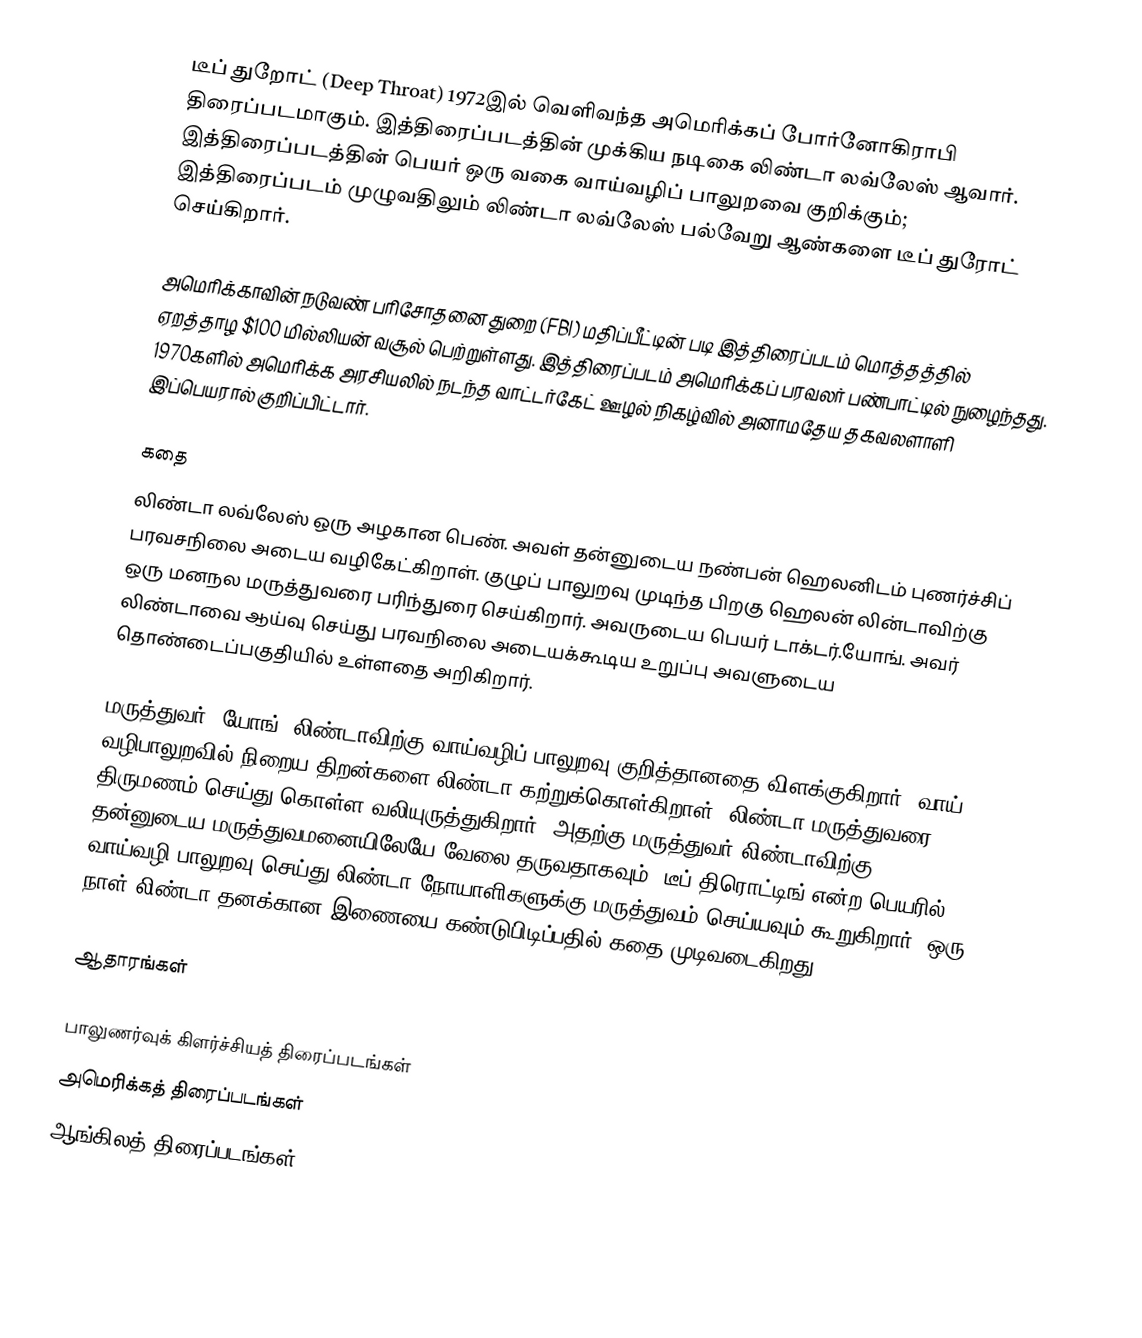
டீப் துறோட் (Deep Throat) 1972இல் வெளிவந்த அமெரிக்கப் போர்னோகிராபி திரைப்படமாகும். இத்திரைப்படத்தின் முக்கிய நடிகை லிண்டா லவ்லேஸ் ஆவார். இத்திரைப்படத்தின் பெயர் ஒரு வகை வாய்வழிப் பாலுறவை குறிக்கும்; இத்திரைப்படம் முழுவதிலும் லிண்டா லவ்லேஸ் பல்வேறு ஆண்களை டீப் துரோட் செய்கிறார்.

அமெரிக்காவின் நடுவண் பரிசோதனை துறை (FBI) மதிப்பீட்டின் படி இத்திரைப்படம் மொத்தத்தில் ஏறத்தாழ $100 மில்லியன் வசூல் பெற்றுள்ளது. இத்திரைப்படம் அமெரிக்கப் பரவலர் பண்பாட்டில் நுழைந்தது. 1970களில் அமெரிக்க அரசியலில் நடந்த வாட்டர்கேட் ஊழல் நிகழ்வில் அனாமதேய தகவலளாளி இப்பெயரால் குறிப்பிட்டார்.

கதை
லிண்டா லவ்லேஸ் ஒரு அழகான பெண். அவள் தன்னுடைய நண்பன் ஹெலனிடம் புணர்ச்சிப் பரவசநிலை அடைய வழிகேட்கிறாள். குழுப் பாலுறவு முடிந்த பிறகு ஹெலன் லின்டாவிற்கு ஒரு மனநல மருத்துவரை பரிந்துரை செய்கிறார். அவருடைய பெயர் டாக்டர்.யோங். அவர் லிண்டாவை ஆய்வு செய்து பரவநிலை அடையக்கூடிய உறுப்பு அவளுடைய தொண்டைப்பகுதியில் உள்ளதை அறிகிறார்.

மருத்துவர். யோங், லிண்டாவிற்கு வாய்வழிப் பாலுறவு குறித்தானதை விளக்குகிறார். வாய் வழிபாலுறவில் நிறைய திறன்களை லிண்டா கற்றுக்கொள்கிறாள். லிண்டா மருத்துவரை திருமணம் செய்து கொள்ள வலியுருத்துகிறார். அதற்கு மருத்துவர் லிண்டாவிற்கு தன்னுடைய மருத்துவமனையிலேயே வேலை தருவதாகவும், டீப் திரொட்டிங் என்ற பெயரில் வாய்வழி பாலுறவு செய்து லிண்டா நோயாளிகளுக்கு மருத்துவம் செய்யவும் கூறுகிறார். ஒரு நாள் லிண்டா தனக்கான இணையை கண்டுபிடிப்பதில் கதை முடிவடைகிறது.

ஆதாரங்கள்

பாலுணர்வுக் கிளர்ச்சியத் திரைப்படங்கள்
அமெரிக்கத் திரைப்படங்கள்
ஆங்கிலத் திரைப்படங்கள்